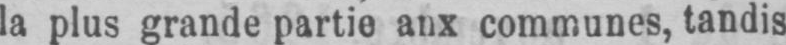
la plus grande partie aux communes, tandis